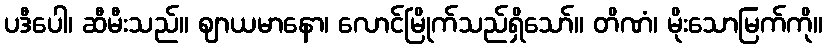
ပဒီပေါ၊ ဆီမီးသည်။ ဈာယမာနော၊ လောင်မြိုက်သည်ရှိသော်။ တိဏံ၊ မိုးသောမြက်ကို။